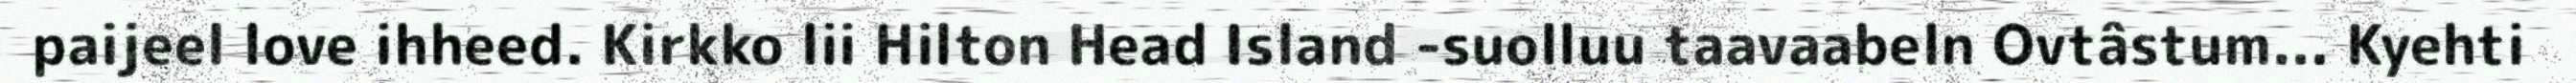
paijeel love ihheed. Kirkko lii Hilton Head Island -suolluu taavaabeln Ovtâstum... Kyehti